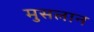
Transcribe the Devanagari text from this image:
मुसलान